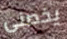
يخصنى